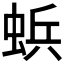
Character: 𮔐